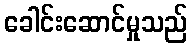
ခေါင်းဆောင်မှုသည်